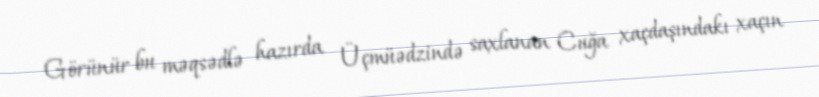
Görünür bu məqsədlə hazırda Üçmüədzində saxlanan Cuğa xaçdaşındakı xaçın